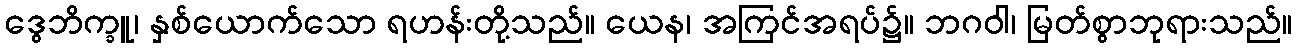
ဒွေဘိက္ခူ၊ နှစ်ယောက်သော ရဟန်းတို့သည်။ ယေန၊ အကြင်အရပ်၌။ ဘဂဝါ၊ မြတ်စွာဘုရားသည်။